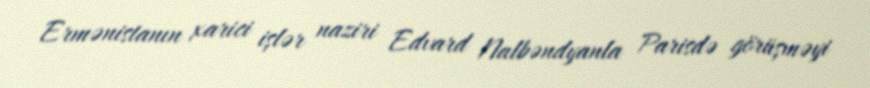
Ermənistanın xarici işlər naziri Edvard Nalbəndyanla Parisdə görüşməyi